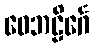
ဝေဘဠိင်္ဂေ